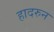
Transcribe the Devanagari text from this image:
हादरुन